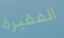
الفقيرة